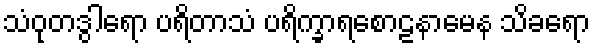
သံဝုတဒွါရော ပရိတာသံ ပရိက္ခာရစောဠနာမေန သိခရော